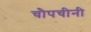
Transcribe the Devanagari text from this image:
चौपचीनी